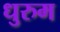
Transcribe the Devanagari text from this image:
धुरुम